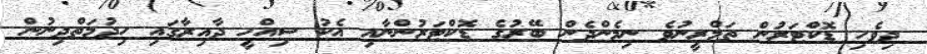
ދިވެހި ޑޮކްޓަރުން ތަމްރީނުވެ ނިމެންދެން ބޭރުގެ ޑޮކްޓަރުންނާއި އެކު ސިއްހީ ދާއިރާގައި ހިދުމަތްދިނުން